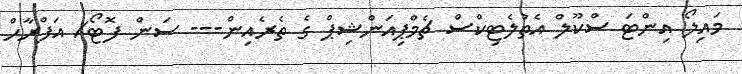
މައިލޯ އިންޓަ ސްކޫލް އެތުލެޓިިކްސް ޗެމްޕިއަންޝިޕް ގެ ތެރެއިން--- ސަން ފޮޓޯ/ އަފްރާހް